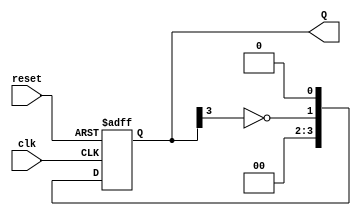
module johnson_counter #(parameter n = 4) (
    input wire clk,        // Clock input
    input wire reset,      // Asynchronous reset
    output reg [n-1:0] Q   // Output state of the counter
);

    // Always block to handle state transitions
    always @(posedge clk or posedge reset) begin
        if (reset) begin
            // Initialize the counter to 0 on reset
            Q <= {n{1'b0}};
        end else begin
            // Shift the state with inverted feedback
            Q <= {~Q[n-1], Q[n-1:n-1] >> 1}; // Shift and feedback
        end
    end

endmodule